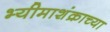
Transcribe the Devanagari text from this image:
भ्यीमाशंक्राच्या